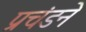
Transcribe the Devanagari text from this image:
प्रचंडने